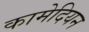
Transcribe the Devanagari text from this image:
कामेदियन